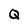
Character: Q